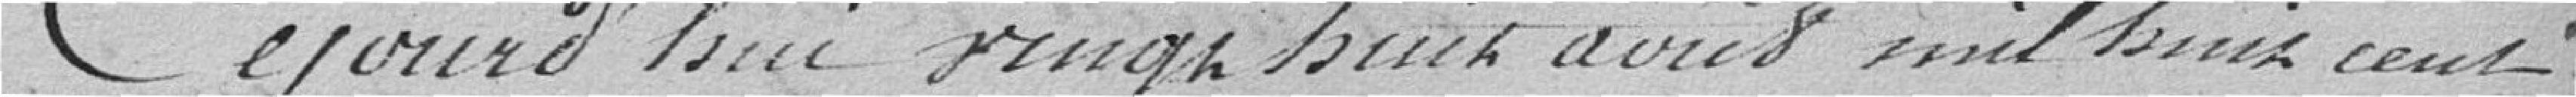
Aujourd'hui vingt huit août mil huit cent